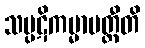
သပ္ပဋိကမ္မာပတ္တီတိ